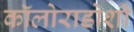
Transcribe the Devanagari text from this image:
कॉलोराडोशी